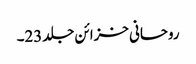
روحانی خزائن جلد23۔